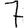
Digit: 7